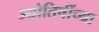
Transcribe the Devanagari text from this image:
ज्योतिषींच्या